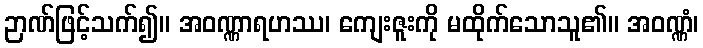
ဉာဏ်ဖြင့်သက်၍။ အဝဏ္ဏာရဟဿ၊ ကျေးဇူးကို မထိုက်သောသူ၏။ အဝဏ္ဏံ၊